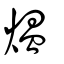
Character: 熅